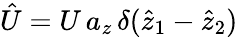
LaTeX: \hat{U}=U\, a_{z}\, \delta(\hat{z}_{1}-\hat{z}_{2})